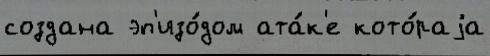
создана эп'изо́дом ата́к'е кото́раjа